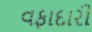
વફાદારી